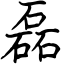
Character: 磊